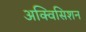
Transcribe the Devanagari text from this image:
अक्विसिशन